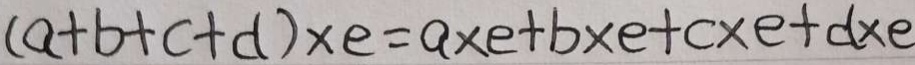
( a + b + c + d ) \times e = a \times e + b \times e + c \times e + d \times e